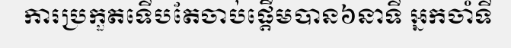
ការប្រកួតទើបតែចាប់ផ្តើមបាន៦នាទី អ្នកចាំទី